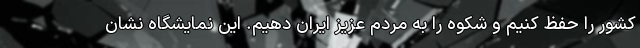
کشور را حفظ کنیم و شکوه را به مردم عزیز ایران دهیم. این نمایشگاه نشان